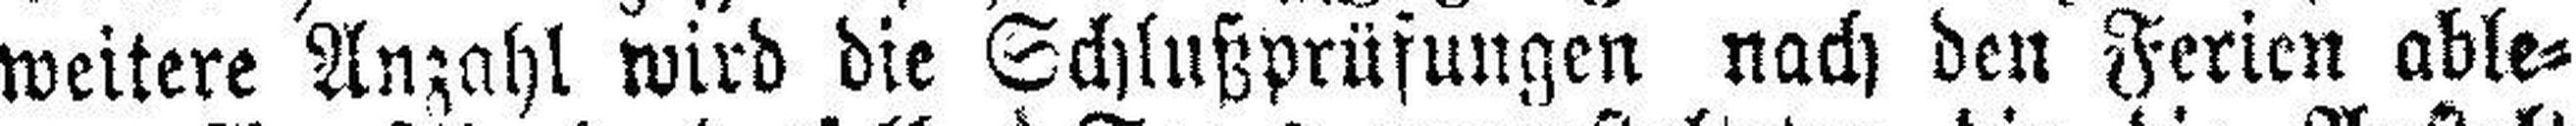
weitere Anzahl wird die Schlußprüfungen nach den Ferien able¬